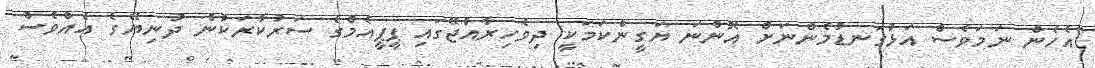
"އެެހެން ނަމަވެސް އަޅުގަނޑުމެންނަށް އޮންނަ ޔަގީންކަމަކީ ދިވެހިރާއްޖޭގައި ޕީޕީއެމްގެ ސަރުކާރަކުން ދުނިޔޭގެ އެއްވެސް